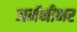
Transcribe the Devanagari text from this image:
जर्मनीभर